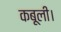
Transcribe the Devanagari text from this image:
कबूली।